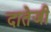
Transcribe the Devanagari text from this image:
दातेजी